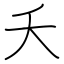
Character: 夭